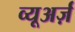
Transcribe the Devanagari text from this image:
व्यूअर्ज़